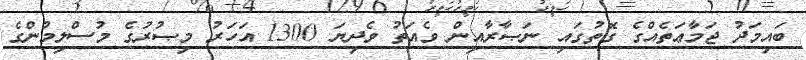
ބައިމަދު ޖަމާޢަތެއްގެ ގޮތުގައި ނަޞާރާއިން ވެއަތު ވެދިޔަ 1300 އަހަރު މިޞުރުގެ މުސްލިމުންގެ